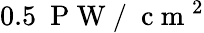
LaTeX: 0.5~\mathrm{~P~W~/~}\mathrm{~c~m~}^{2}